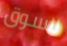
للسوق